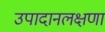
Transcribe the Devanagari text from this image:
उपादानलक्षणा